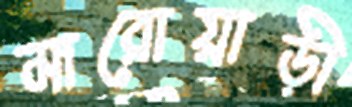
মারোয়াড়ী